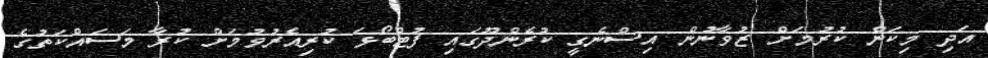
އަދި މިކަން ކުރުމަށް ޒުވާނުން އިސްނެގީ ކުރެންދޫގައި ފުޓްބޯޅަ ކުރިއެރުވުމަށް ކުރާ މަސައްކަތުގެ